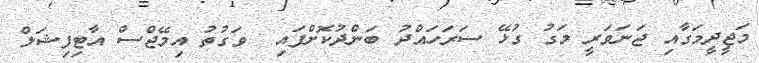
މަޖީދީމަގާއި ޖަނަވަރީ މަގު ގުޅޭ ސަރަހައްދު ބަންދުކޮށްފައި  ވަގުތު އިމޭޖްސް އާޓިފިޝަލް